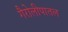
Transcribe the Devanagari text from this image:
गैरोलीपातल